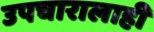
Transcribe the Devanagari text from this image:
उपचारालाही